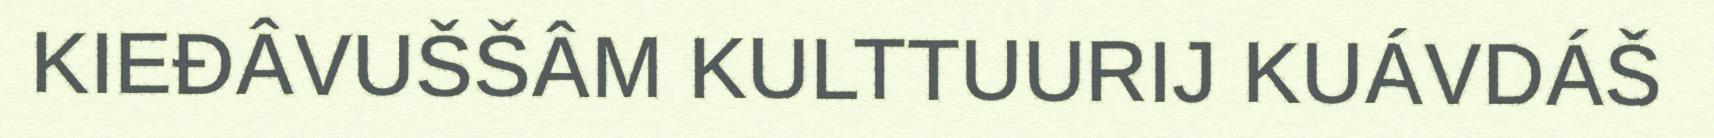
KIEĐÂVUŠŠÂM KULTTUURIJ KUÁVDÁŠ